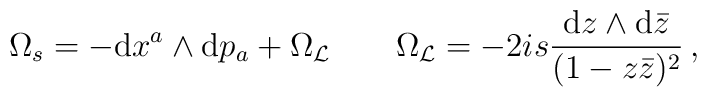
\Omega_s=-{\rm d}x^a\wedge{\rm d} p_a+\Omega_{\cal L}\qquad\Omega_{\cal L}=-2is\frac{{\rm d}z\wedge{\rm d}\bar z}{(1-z\bar z)^2}\,,